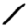
Digit: 1